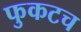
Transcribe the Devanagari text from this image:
फुकटच